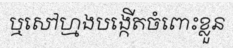
ឬសៅហ្មងបង្កើតចំពោះខ្លួន